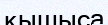
қышыса